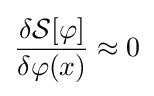
{\frac {\delta {\mathcal {S}}[\varphi ]}{\delta \varphi (x)}}\approx 0